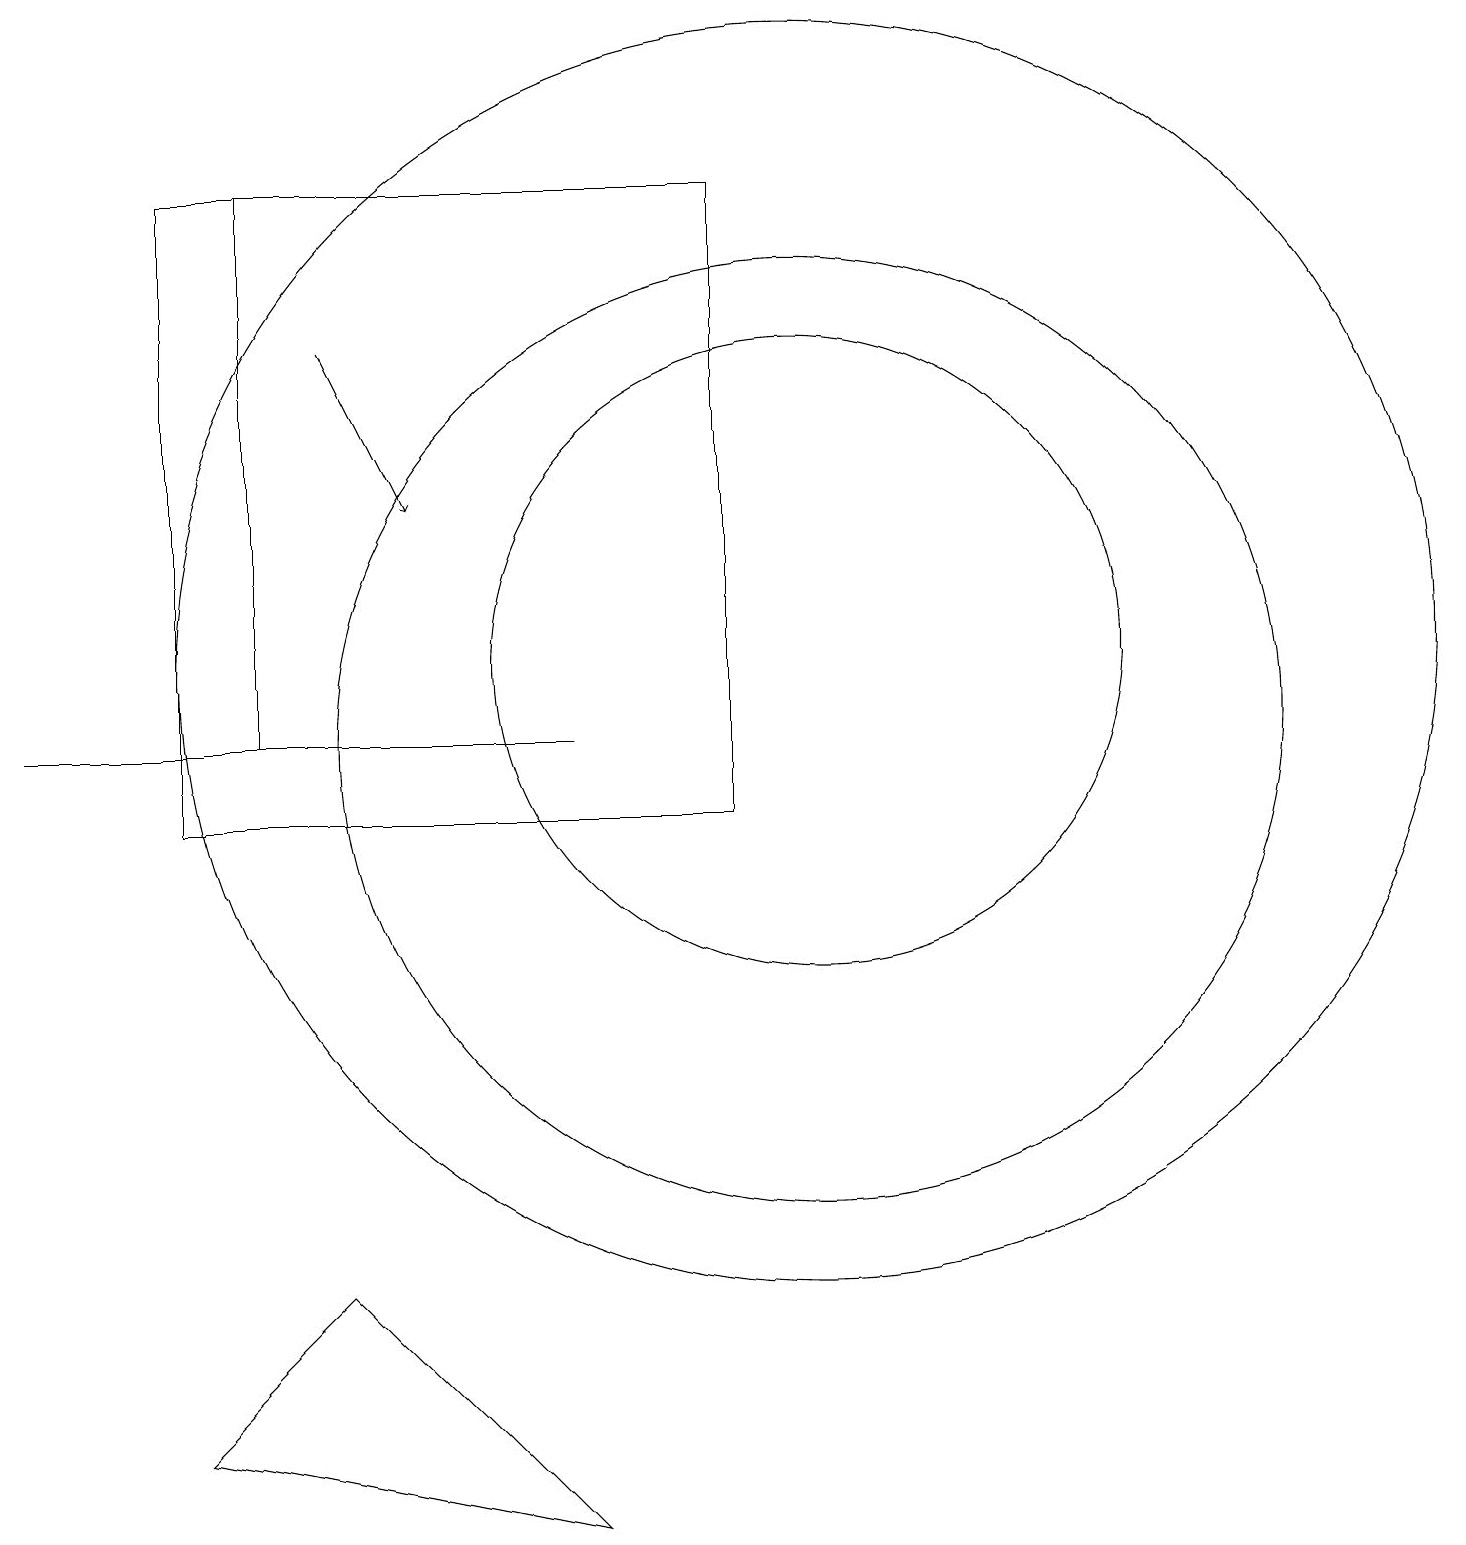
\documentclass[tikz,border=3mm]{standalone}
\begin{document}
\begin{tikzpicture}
\draw (10,12) circle (8);
\draw (9,10) rectangle (2,18);
\draw (10,11) circle (6);
\draw (7,1) -- (2,2) -- (4,4) -- cycle;
\draw (2,18) rectangle (3,11);
\draw (0,11) rectangle (7,11);
\draw[->] (4,16) -- (5,14);
\draw (10,12) circle (4);
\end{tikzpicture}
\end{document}